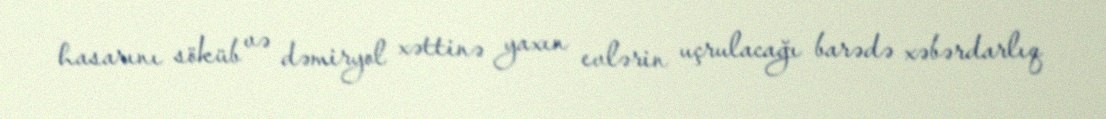
hasarını söküb və dəmiryol xəttinə yaxın evlərin uçrulacağı barədə xəbərdarlıq